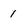
Character: 1